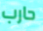
حارب